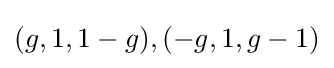
(g,1,1-g),(-g,1,g-1)